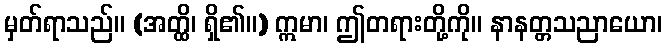
မှတ်ရာသည်။ (အတ္ထိ၊ ရှိ၏။) ဣမာ၊ ဤတရားတို့ကို။ နာနတ္တသညာယော၊